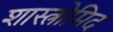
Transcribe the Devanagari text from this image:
शास्त्रोमिद